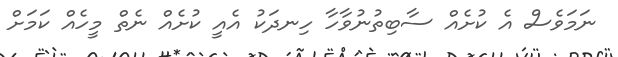
ނަމަވެސް އެ ކުށެއް ސާބިތުނުވާހާ ހިނދަކު އެއީ ކުށެއް ނެތް މީހެއް ކަމަށް